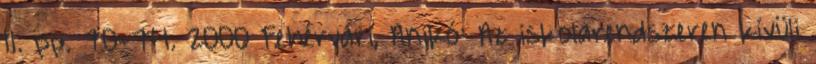
11. pp. 70-74. 2000 Fehérvári, Anikó: Az iskolarendszeren kívüli